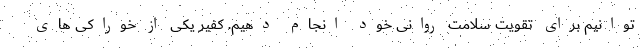
توانیم برای تقویت سلامت روانی خود انجام دهیم. کفیر یکی از خوراکی های